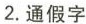
2.通假字